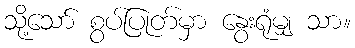
သို့သော် စွပ်ပြုတ်မှာ နွေးရုံမျှ သာ။